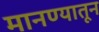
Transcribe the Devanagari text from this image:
मानण्यातून